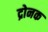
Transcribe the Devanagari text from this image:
द्रोनक